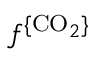
f ^ { \{ { \mathrm { C O } _ { 2 } } \} }